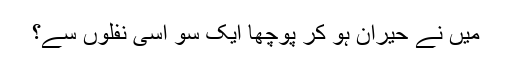
میں نے حیران ہو کر پوچھا ایک سو اسی نفلوں سے؟